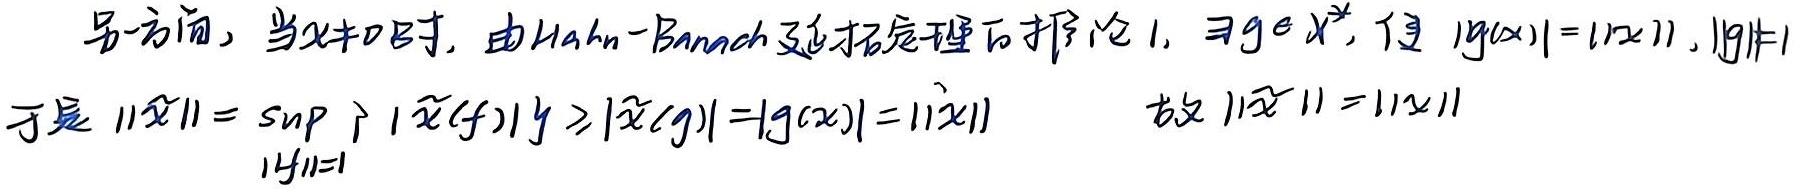
另一方面，当$x \neq 0$时，由Hahn - Banach延拓定理的推论1，$\exists g \in X^*$，使$|g(x)| = \|x\|$，$\|g\| = 1$。于是
\[\|\hat{x}\|=\sup_{\|f\| = 1} \{|\hat{x}(f)|\} \geq |\hat{x}(g)| = |g(x)|=\|x\| \]
故 $\|\hat{x}\|=\|x\|$ 。